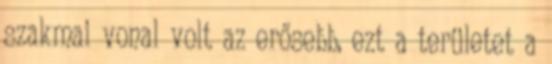
szakmai vonal volt az erősebb, ezt a területet a